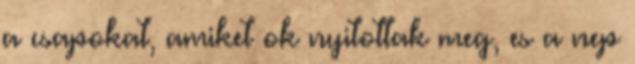
a csapokat, amiket ok nyitottak meg, es a nep